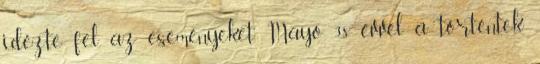
idézte fel az eseményeket Mayo 38 évvel a történtek